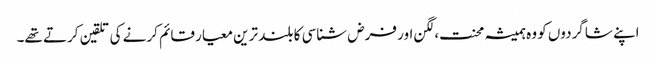
اپنے شاگردوں کو وہ ہمیشہ محنت،لگن اور فرض شناسی کا بلند ترین معیار قائم کرنے کی تلقین کرتے تھے۔